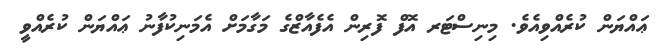
ޢައްޔަން ކުރެއްވިއެވެ. މިނިސްޓަރ އޮފް ފޮރިން އެފެއާޒްގެ މަގާމަށް އެމަނިކުފާނު ޢައްޔަން ކުރެއްވީ